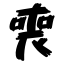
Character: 喪